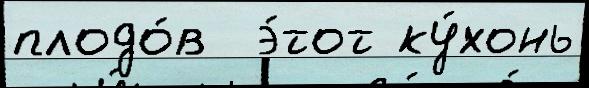
плодо́в  э́тот ку́хонь